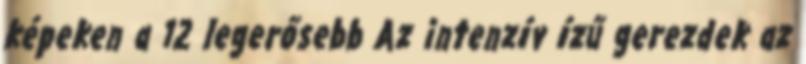
képeken a 12 legerősebb Az intenzív ízű gerezdek az